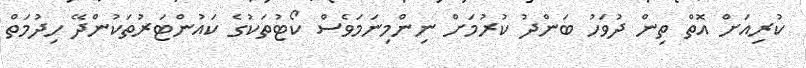
ކުރިއަށް އޮތް ތިން ދުވަހު ބަންދު ކުރުމަށް ނިންމިނަމަވެސް ކޯޓުތަކުގެ ކައުންޓަރުތަކުންދޭ ހިދުމަތް